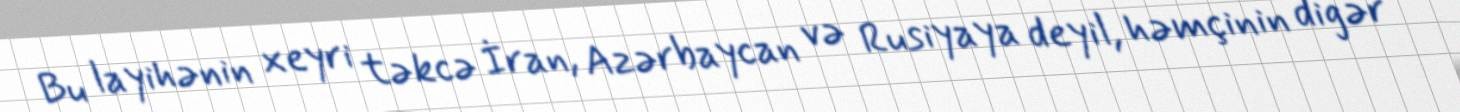
Bu layihənin xeyri təkcə İran, Azərbaycan və Rusiyaya deyil, həmçinin digər